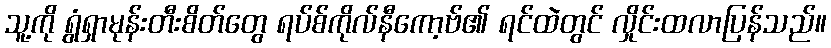
သူ့ကို ရွံရှာမုန်းတီးစိတ်တွေ ရပ်စ်ကိုလ်နီကော့ဗ်၏ ရင်ထဲတွင် လှိုင်းထလာပြန်သည်။